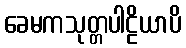
ခေမကသုတ္တပါဠိယာပိ